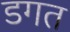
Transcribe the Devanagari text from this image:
डगत